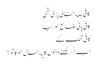
کافی جگه خالی پڑی تھی
کافی پانی ضائع هو گیا
کافی تھک گئے
اب اگر لکھنے والوں کا یه حال هو گا تو ؟